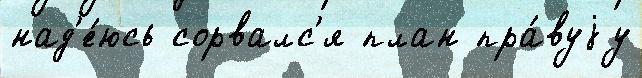
над'е́юсь сорвалс'я план пра́вуjу